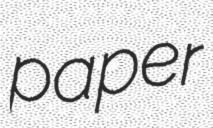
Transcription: paper